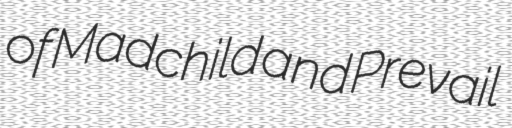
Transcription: of Madchild and Prevail